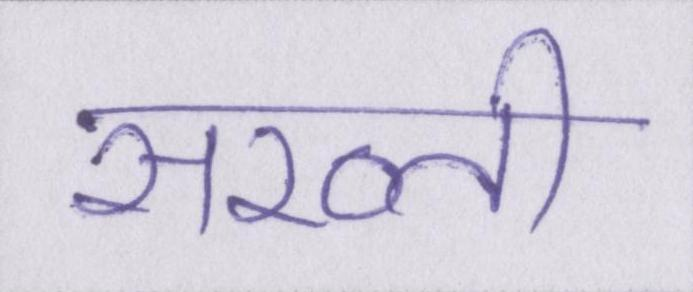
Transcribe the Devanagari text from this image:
सख्ती